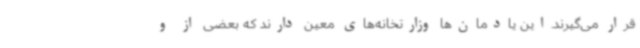
قرار می‌گیرند.این یادمان‌ها وزارتخانه‌های معین دارند که بعضی از و